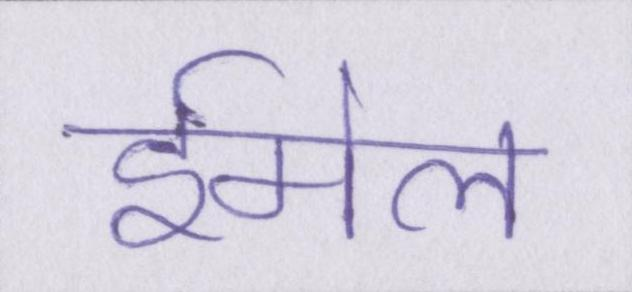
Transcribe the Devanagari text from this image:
ईमेल